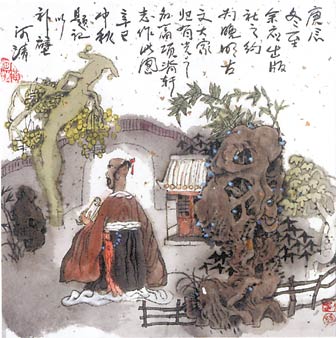
庭有枇杷树，吾妻死之年所手植也，今已亭亭如盖矣。